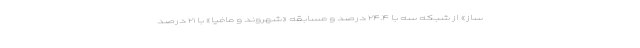
ساز» از شبکه سه با ۲۴.۴ درصد و مسابقه «شهروند و مافیا» با ۲۱ درصد